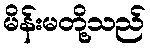
မိန်းမတို့သည်